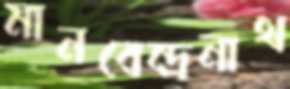
মানবেন্দ্রনাথ